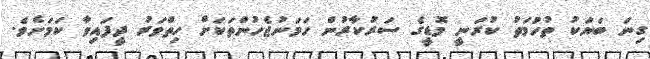
ގިނަ ބަޔަކު ތުހުމަތު ކުރަނީ މޮޑީގެ ސަރުކާރުން ހަމަނުޖެހުންތަކަށް ހިތްވަރު ދީފައިވާ ކަމަށެވެ.